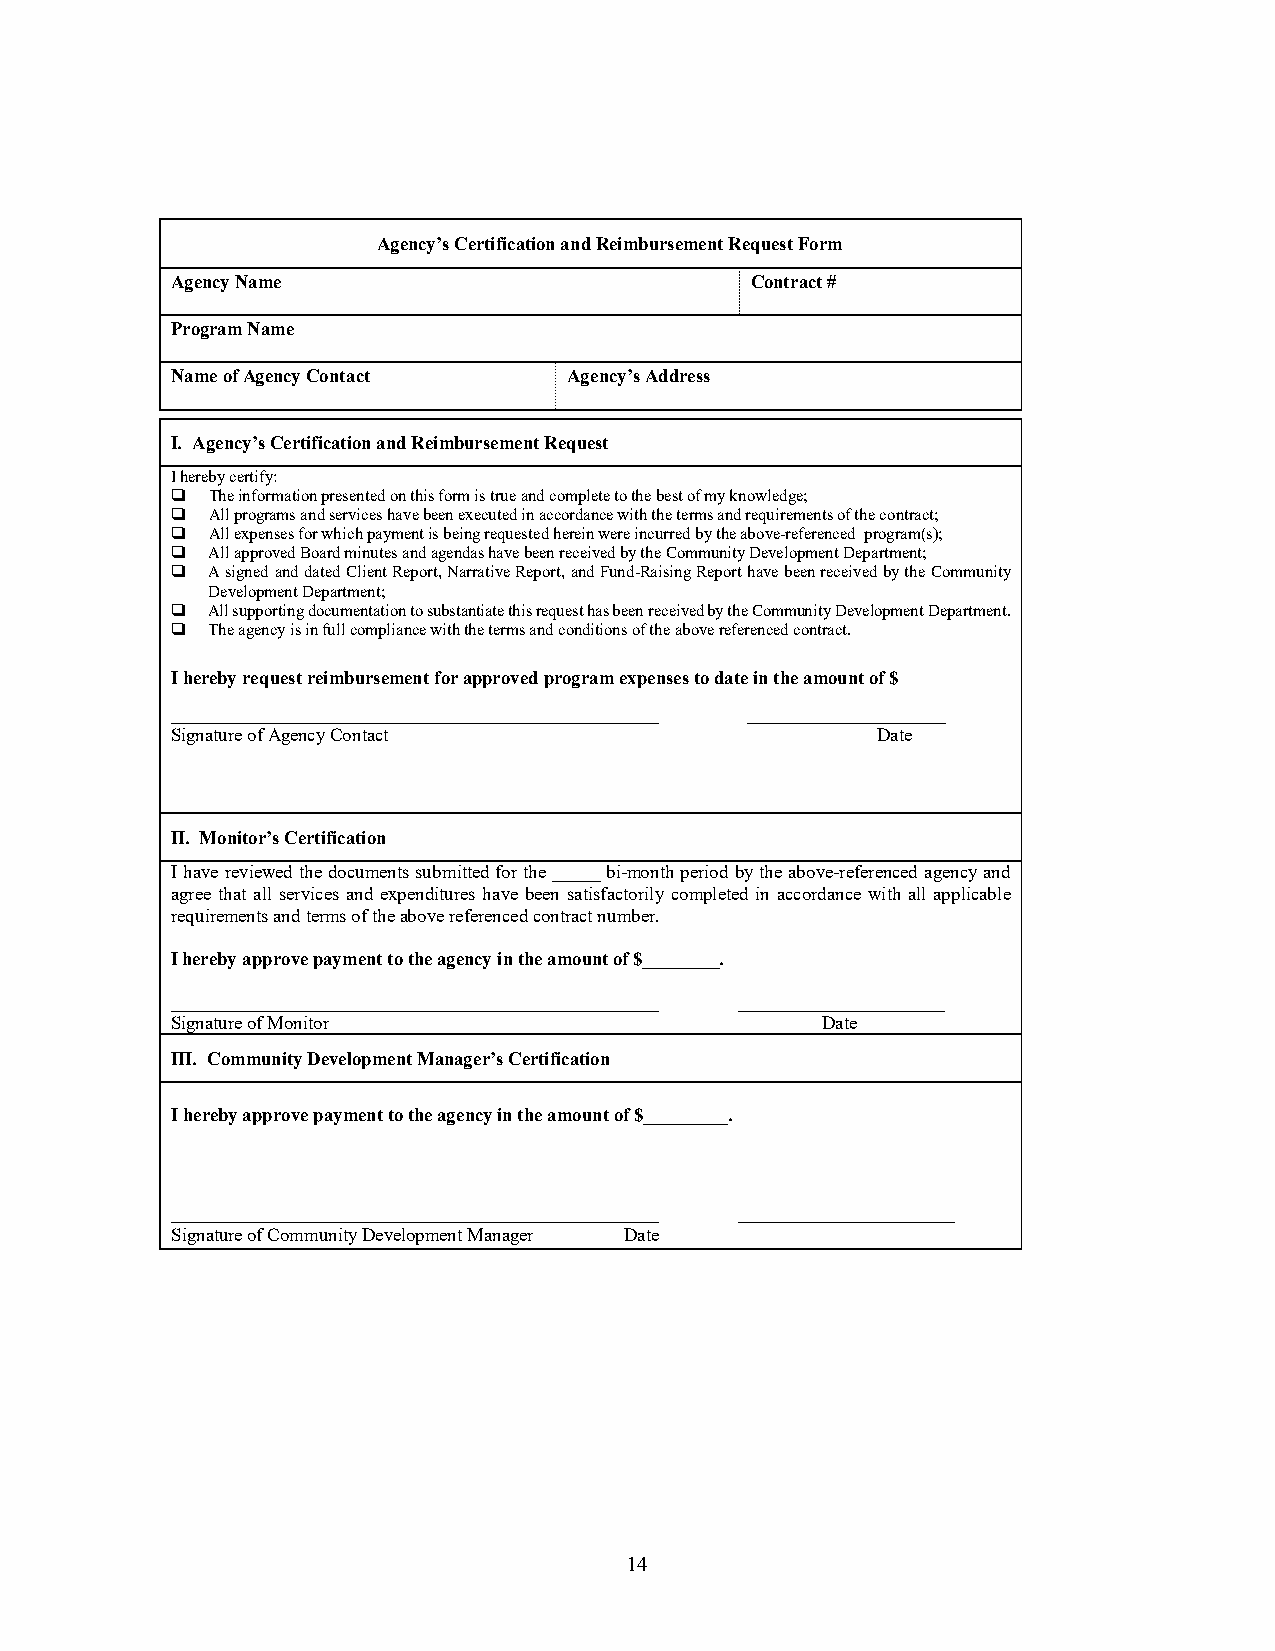
Agency’s Certification and Reimbursement Request Form
 Agency Name                            Contract #
 Program Name
 Name of Agency Contact     Agency’s Address
 I. Agency’s Certification and Reimbursement Request
 I hereby certify:
   The information presented on this form is true and complete to the best of my knowledge;
   All programs and services have been executed in accordance with the terms and requirements of the contract;
   All expenses for which payment is being requested herein were incurred by the above-referenced program(s);
   All approved Board minutes and agendas have been received by the Community Development Department;
   A signed and dated Client Report, Narrative Report, and Fund-Raising Report have been received by the Community
 Development Department;
   All supporting documentation to substantiate this request has been received by the Community Development Department.
   The agency is in full compliance with the terms and conditions of the above referenced contract.
 I hereby request reimbursement for approved program expenses to date in the amount of $
 ____________________________________________________ _____________________
 Signature of Agency Contact                    Date
 II. Monitor’s Certification
 I have reviewed the documents submitted for the _____ bi-month period by the above-referenced agency and
 agree that all services and expenditures have been satisfactorily completed in accordance with all applicable
 requirements and terms of the above referenced contract number.
 I hereby approve payment to the agency in the amount of $________.
 ____________________________________________________ ______________________
 Signature of Monitor                       Date
 III. Community Development Manager’s Certification
 I hereby approve payment to the agency in the amount of $_________.
 ____________________________________________________ _______________________
 Signature of Community Development Manager Date
 14